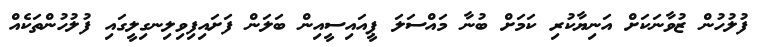
ފުލުހުން ޒުވާނަކަށް އަނިޔާކުރި ކަމަށް ބުނާ މައްސަލަ ޕީއައިސީއިން ބަލަން ފަށައިފިވިލިނގިލީގައި ފުލުހުންތަކެއް